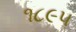
૧૮૯૫